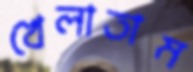
খেলাতাম